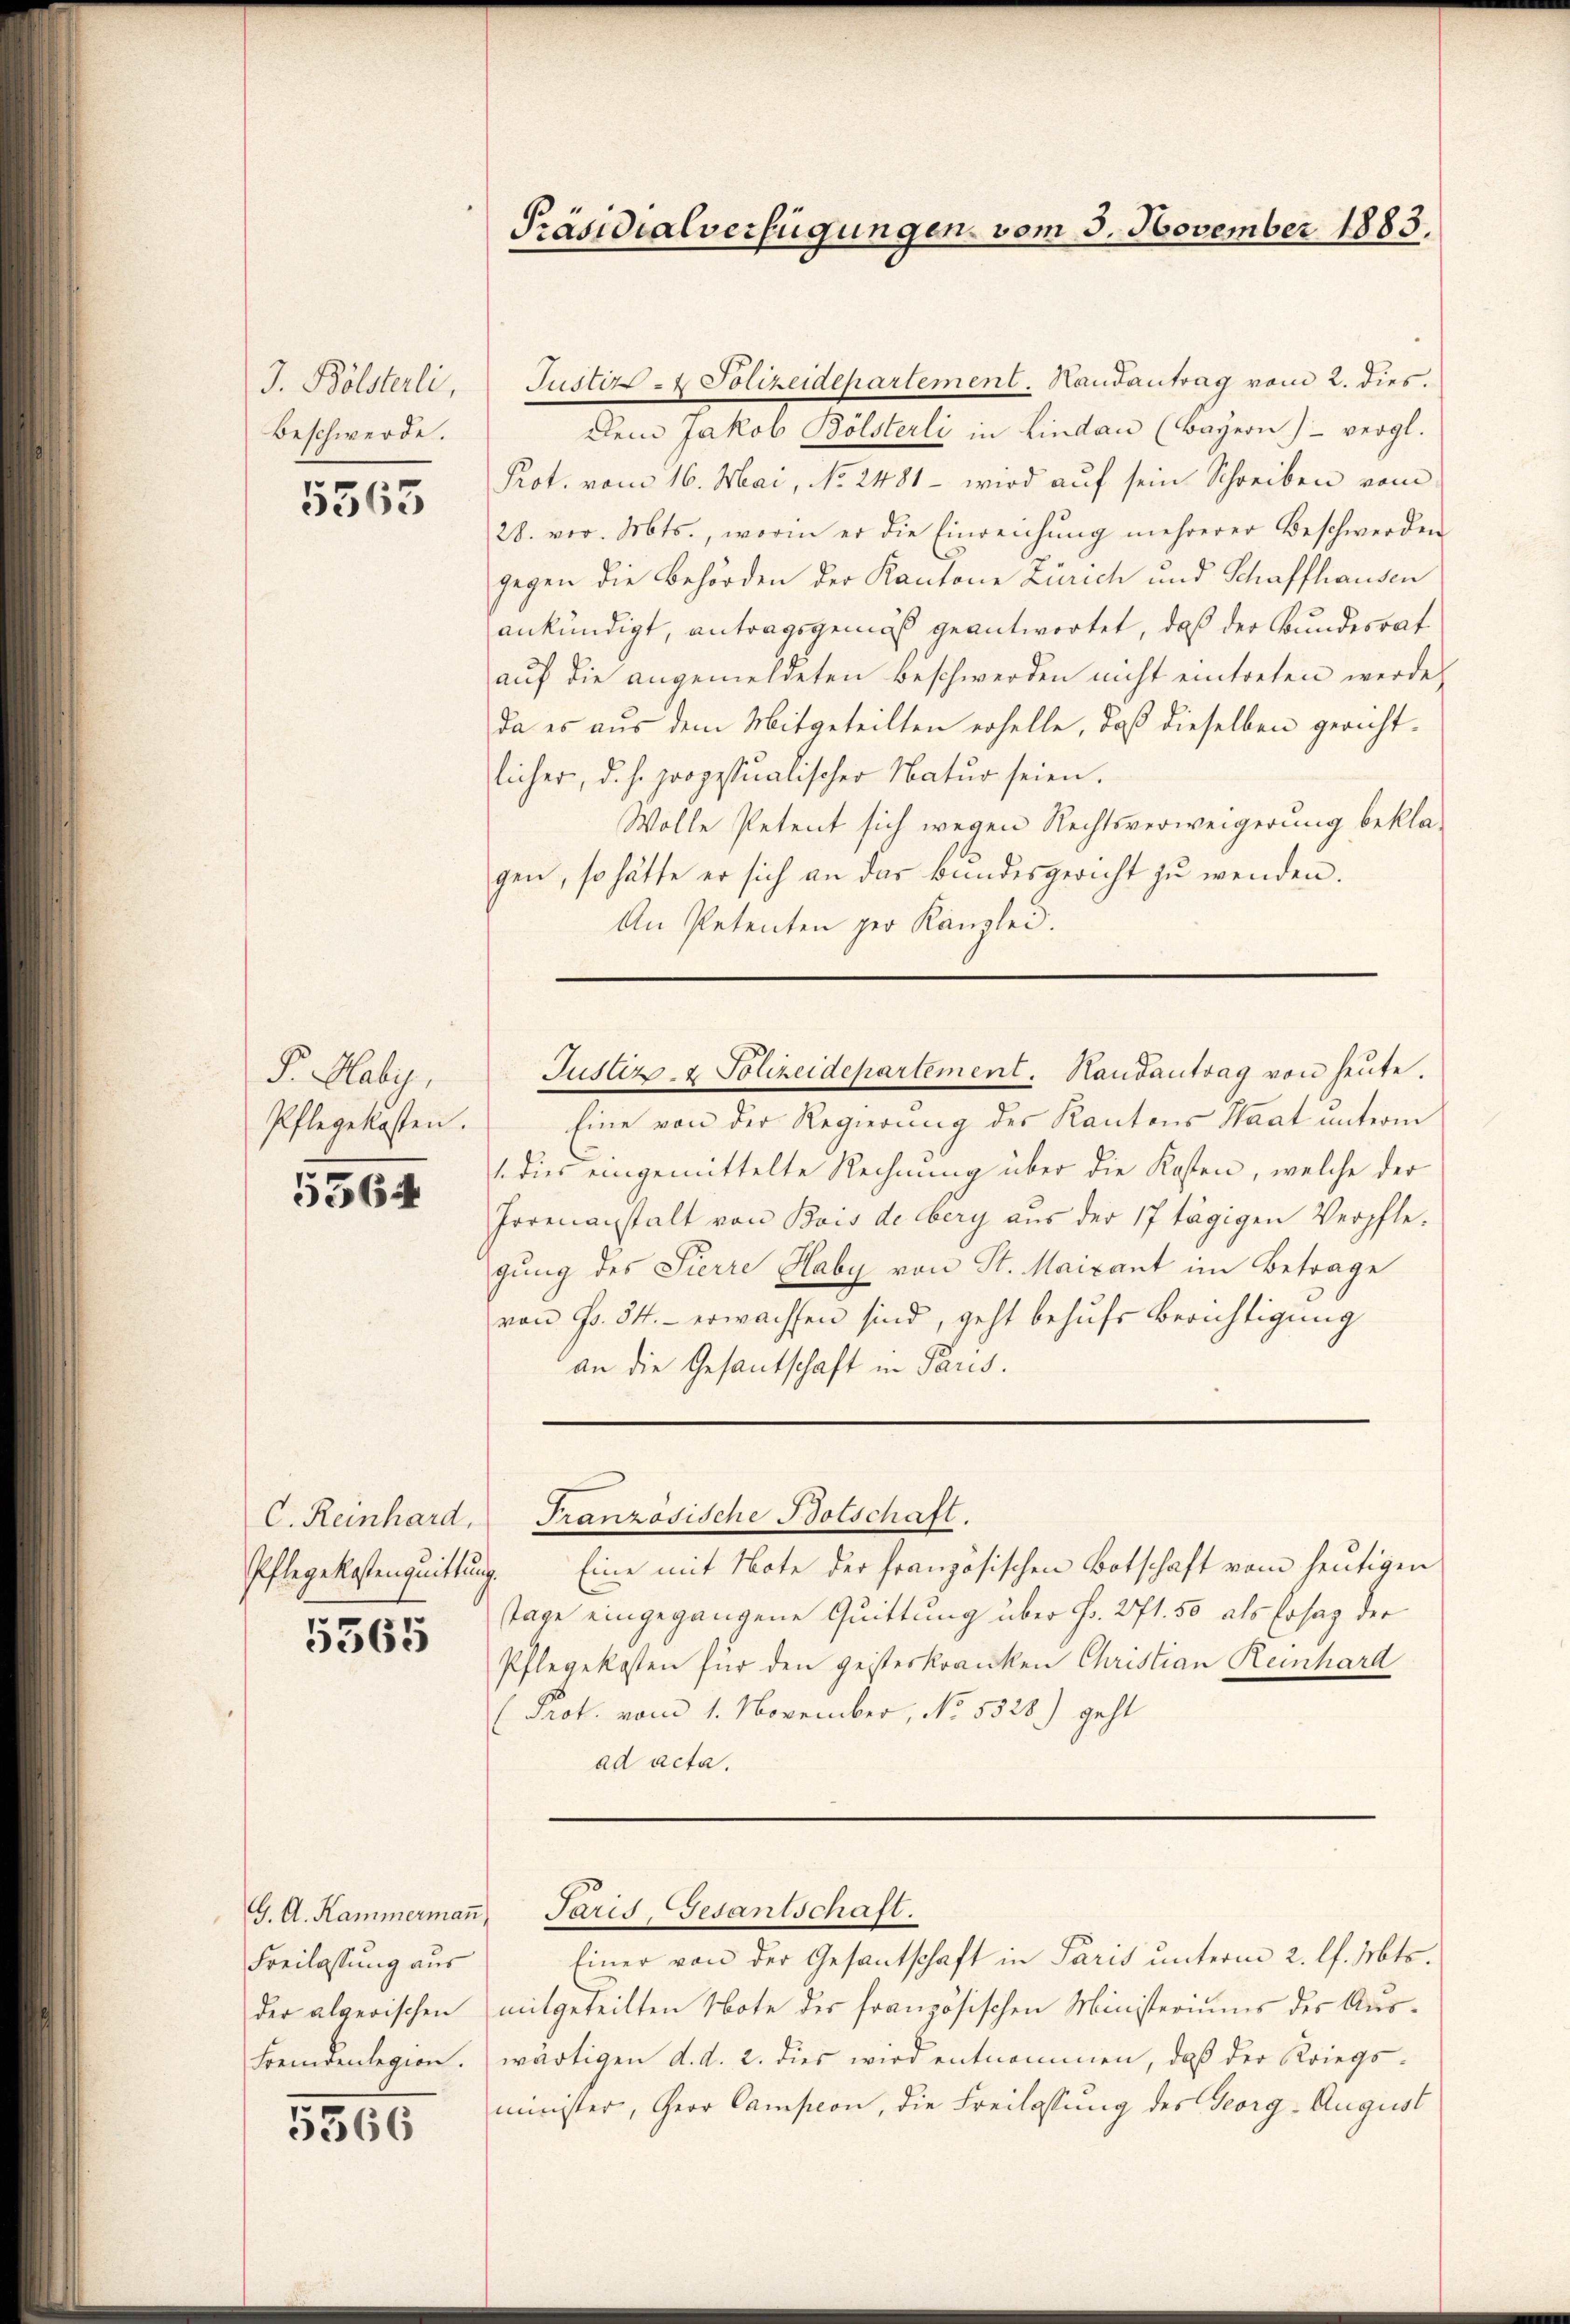
J. Bölsterli,
Beschwerde.

5563

F. Haby,
Pflegekosten.

5564

C. Reinhard,
Pflegekostenquittung.

5365

G. A. Kammerman
Freilassung aus

5366

Präsidialverfügungen vom 3. November 1883.

Justiz- & Polizeidepartement. Hautantrag vom 2. dies.
Dem Jakob Bölsterli in Lindau (Bayern) vergl.
Prot. vom 16. Mai, No. 2481 - wird auf sein Schreiben vom
28. vor. Mts., worin er die Einreichŭng mehrerer Beschwerden
gegen die Behörden der Kantone Zürich und Schaffhausen
ankündigt, antragsgemäß geantwortet, daß der Bundesrat
auf die angemeldeten Beschwerden nicht eintreten werde,
da es aus dem Mitgeteilten erhelle, daß dieselben gericht-
licher, d. h. propostualischer Natur seien.
Wolle Petent sich wegen Rechtsverweigerung bekla-
gen, so hätte er sich an das Bundesgericht zŭ wenden.
An Petenten per Kanzlei.

Justiz- & Polizeidepartement. Handantrag von heute.

Eine von der Regierung des Kantons Saat unterm
1 dies eingemittelte Rechnung über die Kosten, welche der
Horenanstalt von Bois de berg aus der 17 tägigen Verpflegung des Pierre Haby von St. Maicant im Betrage
von Fr. 54.- erwachsen sind, geht behufs Berichtigung
an die Gesantschaft in Paris.

Französische Botschaft.

Paris, Gesantschaft.

Eine mit Note der französischen Botschaft vom heutigen
Tage eingegangene Quittung über Fr. 271. 50 als Ersag der
Pflegekosten für den geisterkranken Christian Reinhard
Prof. vom 1. November, No. 5328) geht
ad acta.

Einer von der Gesantschaft in Paris unterm 2. l. Mts.
der algerischen mitgeteilten Note des französischen Ministeriums der Aus¬
Fremdenlegion. wärtigen d. d. 2. dies wird entnommen, daß der Kriegsminister, Herr Campion, die Freilassung des Georg-August